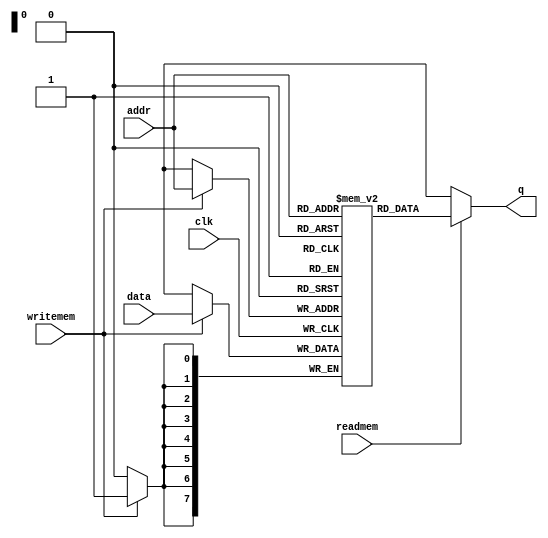
// Quartus II Verilog Template
// Single port RAM with single read/write address and initial contents 
// specified with an initial block

module single_port_ram_with_init
#(parameter ADDR_WIDTH=8)
(
	input [7:0] data,
	input [(ADDR_WIDTH-1):0] addr,
	input writemem, readmem, clk,
	output [7:0] q
);

	// Declare the RAM variable
	reg [7:0] ram[2**ADDR_WIDTH-1:0];

	// Variable to hold the registered read address
	reg [ADDR_WIDTH-1:0] addr_reg;

	initial 
	begin
		ram[1] = 8'd93;
		ram[2] = 8'd157;
		ram[32] = 8'h12;
		ram[33] = 8'h56;
		ram[34] = 8'h9a;
		ram[35] = 8'hde;
		ram[36] = 8'hff;
		ram[37] = 8'hf0;
		ram[38] = 8'h13;	
		ram[39] = 8'h24;	
		ram[40] = 8'h78;	
		ram[41] = 8'h23;	
		ram[42] = 8'hbe;	
		ram[43] = 8'hde;	
		ram[44] = 8'hef;	
		ram[45] = 8'hfe;	
		ram[46] = 8'h0f;	
		ram[47] = 8'hf0;
		ram[48] = 8'hb0;
		ram[49] = 8'h34;
		ram[50] = 8'h78;
		ram[51] = 8'hbc;
		ram[52] = 8'h03;
		ram[53] = 8'hcf;
		ram[54] = 8'h8b;	
		ram[55] = 8'h47;	
		ram[56] = 8'h05;	
		ram[57] = 8'h16;	
		ram[58] = 8'h27;	
		ram[59] = 8'h38;	
		ram[60] = 8'h34;	
		ram[61] = 8'h36;	
		ram[62] = 8'h38;	
		ram[63] = 8'haa;
		ram[64] = 8'h56;
		ram[65] = 8'h9a;
		ram[66] = 8'hde;
		ram[67] = 8'hff;
		ram[68] = 8'hf0;
		ram[69] = 8'h13;	
		ram[70] = 8'h24;	
		ram[71] = 8'h78;	
		ram[72] = 8'h23;	
		ram[73] = 8'hbe;	
		ram[74] = 8'hde;	
		ram[75] = 8'hbe;	
		ram[76] = 8'hfe;	
		ram[77] = 8'hfa;	
		ram[78] = 8'hf0;
		ram[79] = 8'hb0;
		ram[80] = 8'h34;
		ram[81] = 8'h78;
		ram[82] = 8'hbc;
		ram[83] = 8'h03;
		ram[84] = 8'hcf;
		ram[85] = 8'h8b;	
		ram[86] = 8'h47;	
		ram[87] = 8'h05;	
		ram[88] = 8'h16;	
		ram[89] = 8'h27;	
		ram[90] = 8'h38;	
		ram[91] = 8'h34;	
		ram[92] = 8'h36;	
		ram[93] = 8'h38;	
		ram[94] = 8'haa;
		ram[95] = 8'h47;
		ram[128] = 8'd2;
		ram[129] = 8'd0;
		ram[130] = 8'd33;
		ram[131] = 8'd63;
		ram[132] = 8'd18;
		ram[133] = 8'd23;		
		ram[134] = 8'd52;
		ram[135] = 8'd28;
		ram[136] = 8'd9;
		ram[137] = 8'd8;
		ram[138] = 8'd6;
		ram[139] = 8'd5;
		ram[140] = 8'd4;
		ram[141] = 8'd3;
		ram[142] = 8'd2;
		ram[143] = 8'd1;		
		ram[144] = 8'd0;
		ram[145] = 8'd42;
		ram[146] = 8'd45;
		ram[147] = 8'd47;
		ram[148] = 8'd62;
		ram[149] = 8'd63;
		ram[150] = 8'd5;
		ram[151] = 8'd5;
		ram[152] = 8'd5;
		ram[153] = 8'd6;		
		ram[154] = 8'd6;
		ram[155] = 8'd42;
		ram[156] = 8'd22;
		ram[157] = 8'd33;
		ram[158] = 8'd11;
		ram[159] = 8'd55;
		ram[160] = 8'd44;
		ram[161] = 8'd19;
		ram[162] = 8'd20;
		ram[163] = 8'd21;		
		ram[164] = 8'd43;
		ram[165] = 8'd41;
		ram[166] = 8'd42;
		ram[167] = 8'd0;
		ram[168] = 8'd23;
		ram[169] = 8'd46;
		ram[170] = 8'd5;
		ram[171] = 8'd28;
		ram[172] = 8'd51;
		ram[173] = 8'd10;		
		ram[174] = 8'd33;
		ram[175] = 8'd56;
		ram[176] = 8'd15;
		ram[177] = 8'd38;
		ram[178] = 8'd61;
		ram[179] = 8'd20;
		ram[180] = 8'd63;
		ram[181] = 8'd62;
		ram[182] = 8'd61;
		ram[183] = 8'd60;		
		ram[184] = 8'd11;
		ram[185] = 8'd23;
		ram[186] = 8'd7;
		ram[187] = 8'd13;
		ram[188] = 8'd21;
		ram[189] = 8'd5;
		ram[190] = 8'd44;
		ram[191] = 8'd33;
	
	
	end 

	always @ (posedge clk)
	begin
		// Write
		if (writemem)
			ram[addr] <= data;
	end

	  
	
	

	// Continuous assignment implies read returns NEW data.
	// This is the natural behavior of the TriMatrix memory
	// blocks in Single Port mode.  
	assign q = (readmem)? ram[addr] : 8'bxxxxxxxx;

endmodule